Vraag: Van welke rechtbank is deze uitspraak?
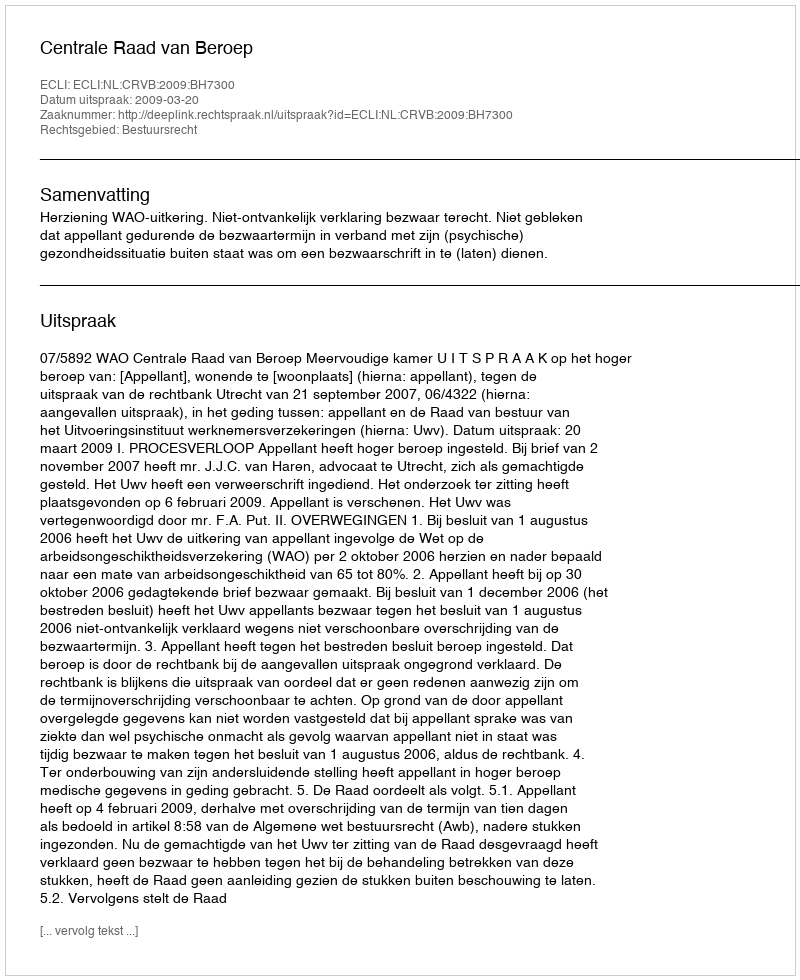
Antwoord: Centrale Raad van Beroep